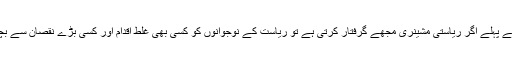
انہوں نے بارہا اس امر پر زور دیا کہ ۸ نومبر سے پہلے اگر ریاستی مشینری مجھے گرفتار کرتی ہے تو ریاست کے نوجوانوں کو کسی بھی غلط اقدام اور کسی بڑے نقصان سے بچانے کی ذمہ داری آپ کی (کار کنوں)کی ہو گی۔